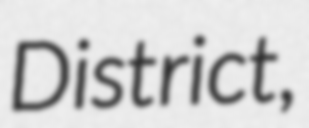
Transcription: District,